Lunatic asylums United Prov. 1922-30 - 1922-1930
Year: 1922
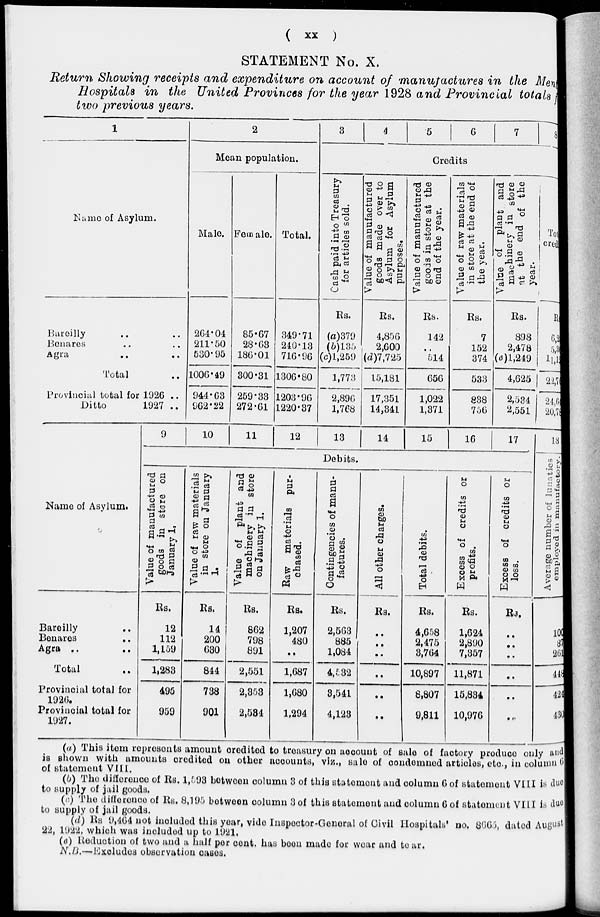
( xx )
STATEMENT No. X.
Return Showing receipts and expenditure on account of manufactures in the Men
Hospitals in the United Provinces for the year 1928 and Provincial totals
two previous years.
1
Name of Asylum.
Bareilly .. ..
Benares .. ..
Agra
..
..
Total ..
Provincial total for 1926 ..
Ditto
1927 ..
2
Mean population.
Male.
264.04
211.50
530.95
1006.49
944.63
962.22
Female.
85.67
28.63
186.01
300.31
259.33
272.61
Total.
349.71
240.13
716.96
1306.80
1203.96
1220.37
3
4
5
6
7
8
Credits
Cash paid into Treasury
for articles sold.
Rs.
(a)379
(b)135
(c)1,259
1,773
2,896
1,768
Value of manufactured
goods made over to
Asylum for Asylum
purposes.
Rs.
4,856
2,600
(d)7,725
15,181
17,351
14,341
Value of manufactured
goods in store at the
end of the year.
Rs.
142
..
514
656
1,022
1,371
Value of raw materials
in store at the end of
the year.
Rs.
7
152
374
533
838
756
Value of plant and
machinery in store
at the end of the
year.
Rs.
898
2,478
(e)1,249
4,625
2,534
2,551
Total
Credi
Rs.
6,2
5,3
11,12
22,7
24,64
20,78
Name of Asylum.
Bareilly ..
Benares ..
Agra ..
..
Total ..
Provincial total for
1926.
Provincial total for
1927.
9
10
11
12
13
14
15
16
17
Debits.
Value of manufactured
goods in store on
January 1.
Rs.
12
112
1,159
1,283
495
959
Value of raw materials
in store on January
1.
Rs.
14
200
630
844
738
901
Value of plant and
machinery in store
on January 1.
Rs.
862
798
891
2,551
2,353
2,534
Raw materials pur-
chased.
Rs.
1,207
480
..
1,687
1,680
1,294
Contingencies of manu-
factures.
Rs.
2,563
885
1,084
4.532
8,541
4,123
All other charges.
Rs.
..
..
..
..
..
..
Total debits.
Rs.
4,658
2,475
3,764
10,897
8,807
9,811
Excess of credits or
profits.
Rs.
1,624
2,890
7,357
11,871
15,834
10,976
Excess of credits or
loss.
Rs.
..
..
..
..
..
..
18
Average number of lunatics
employed in manufactory.
Rs.
100
87
261
449
424
430
(a) This item represents amount credited to treasury on account of sale of factory produce only and
is shown with amounts credited on other accounts, viz., sale of condemned articles, etc, in column 6
of statement VIII.
(b) The difference of Rs. 1,593 between column 3 of this statement and column 6 of statement VIII is due
to supply of jail goods.
(c) The difference of Rs. 8,195 between column 3 of this statement and column 6 of statement VIII is due
to supply of jail goods.
(d) Rs 9,464 not included this year, vide Inspector-General of Civil Hospitals' no. 8665, dated August
22, 1922, which was included up to 1921.
(e) Reduction of two and a half per cent, has been made for wear and te ar.
N.B.—Excludes observation cases.